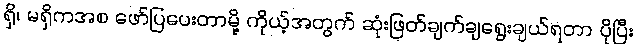
ရှိ၊ မရှိကအစ ဖော်ပြပေးတာမို့ ကိုယ့်အတွက် ဆုံးဖြတ်ချက်ချရွေးချယ်ရတာ ပိုပြီး